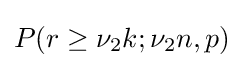
P(r\geq \nu _{2}k;\nu _{2}n,p)